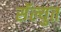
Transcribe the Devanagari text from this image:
सॅल्युत